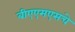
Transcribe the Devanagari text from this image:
बीएएमएसचे